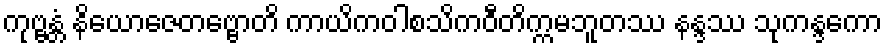
ကုဗ္ဗန္တံ နိယောဇေတဗ္ဗောတိ ကာယိကဝါစသိကဝီတိက္ကမဘူတဿ နန္ဒဿ သုကန္ဒကော